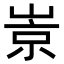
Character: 𡹞